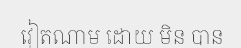
វៀតណាម ដោយ មិន បាន